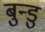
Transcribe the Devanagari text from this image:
बुन्डु